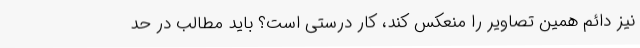
نیز دائم همین تصاویر را منعکس کند، کار درستی است؟ باید مطالب در حد